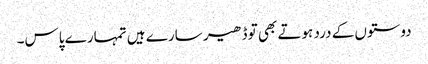
دوستوں کے درد ہوتے بھی تو ڈھیر سارے ہیں تمہارے پاس۔